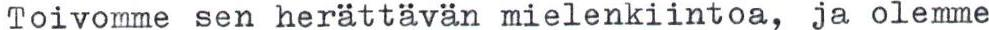
Toivomme sen herattävän mielenkiintoa, ja olemme